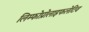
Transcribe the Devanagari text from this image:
लिम्फोप्रोलाइफलेटिव